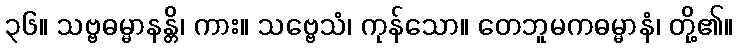
၃၆။ သဗ္ဗဓမ္မာနန္တိ၊ ကား။ သဗ္ဗေသံ၊ ကုန်သော။ တေဘူမကဓမ္မာနံ၊ တို့၏။